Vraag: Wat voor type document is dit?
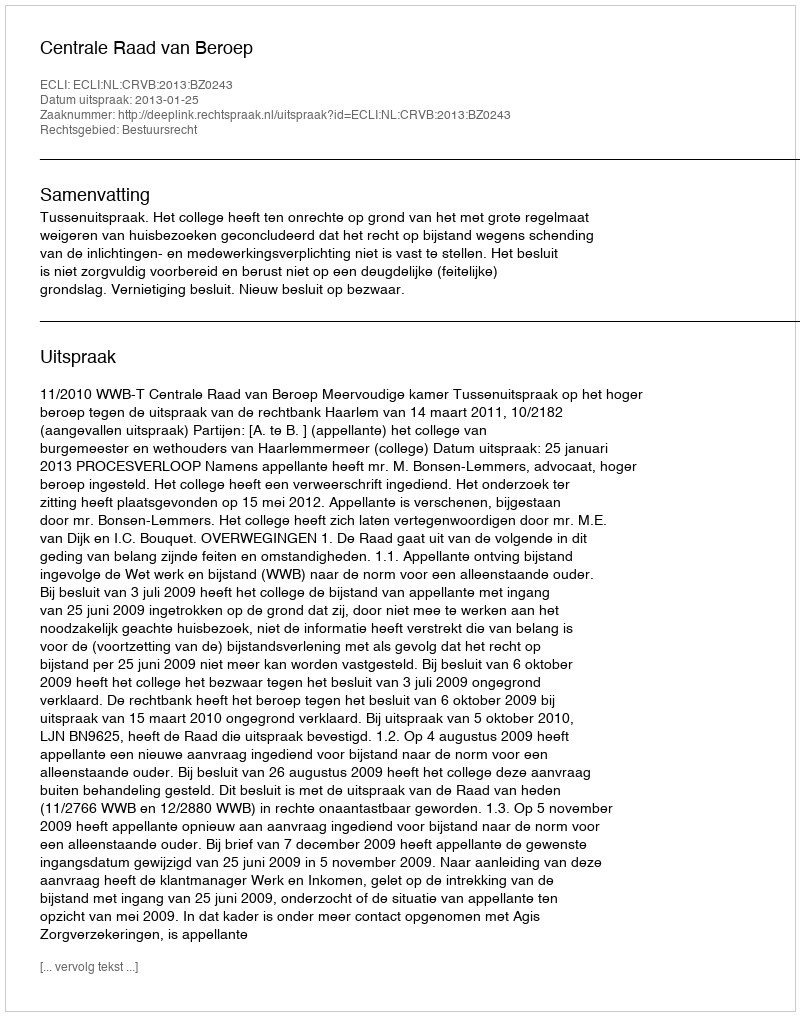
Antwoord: Uitspraak